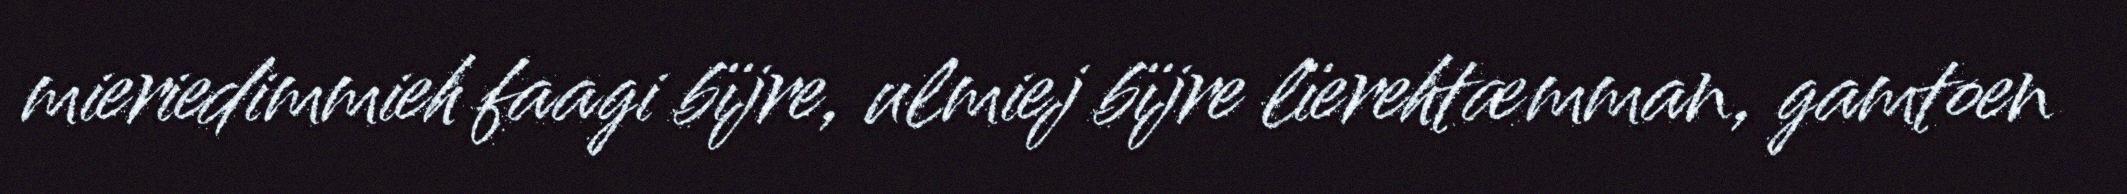
mieriedimmieh faagi bïjre, ulmiej bïjre lïerehtæmman, gamtoen